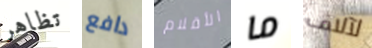
تظاهر دافع الأقلام ما لآلاف